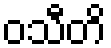
ဝသီတိ